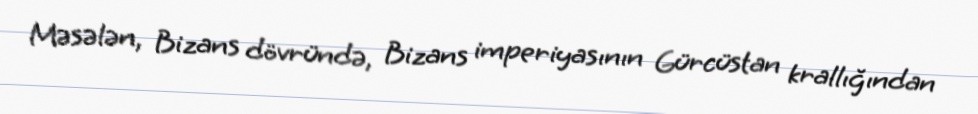
Məsələn, Bizans dövründə, Bizans imperiyasının Gürcüstan krallığından